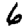
Digit: 6